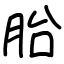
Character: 胎